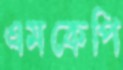
এমকেপি